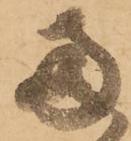
両